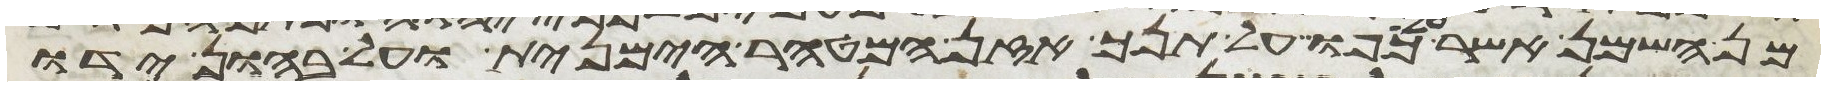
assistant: מן השמן אשר על כפו על תנך אזן המטהר הימנית ועל בהון ידו